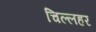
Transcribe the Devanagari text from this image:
चिल्लहर